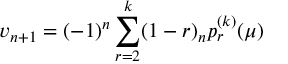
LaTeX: v _ { n + 1 } = ( - 1 ) ^ { n } \sum _ { r = 2 } ^ { k } ( 1 - r ) _ { n } p _ { r } ^ { ( k ) } ( \mu )